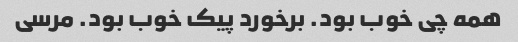
همه چی خوب بود. برخورد پیک خوب بود. مرسی